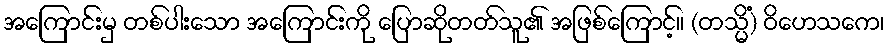
အကြောင်းမှ တစ်ပါးသော အကြောင်းကို ပြောဆိုတတ်သူ၏ အဖြစ်ကြောင့်။ (တသ္မိံ) ဝိဟေသကေ၊